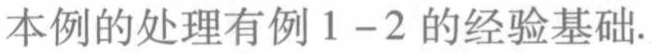
本例的处理有例1--2的经验基础.